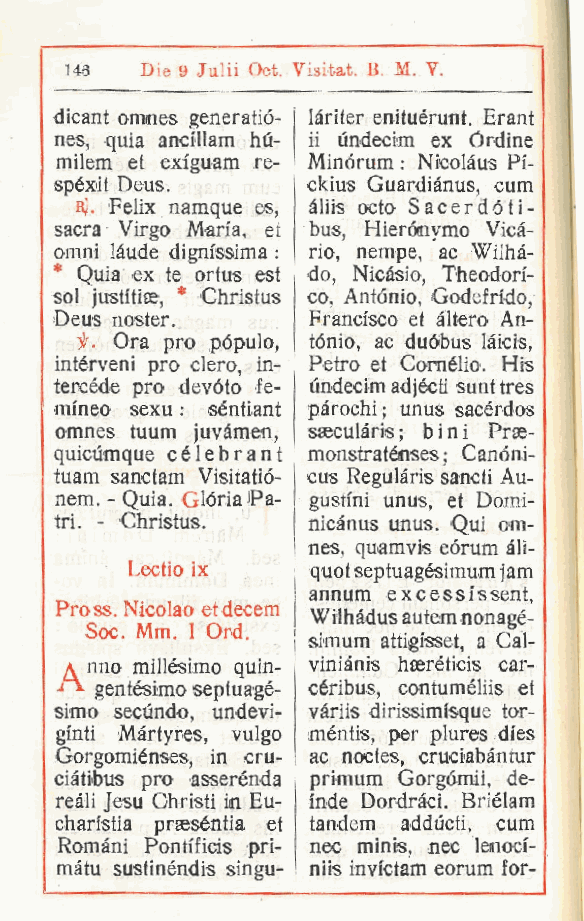
146  Die 9 Julii Oct. Visitat. B. M. V. i
 dicant omnes generatió- làriter enituérunt. Erant
 nes quia anci'llam hù- ii undecim ex Órdine
 ,
 milem et exi'guam re- Minórum : Nicolàus Pi-
 spéxit Deus.    ckius Guardiànus, cum
 bJ. Felix namque es àliis octo Sacerdóti-
 ,
 sacra Virgo Maria, et bus, Hierónymo Vicà-
 omni làude dignfssima : rio, nempe, ac Wilhà-
 * Quia ex te ortus est do, Nicàsio, Theodon'-
 sol justitiee, * Christus co, Antonio, Godefrido
 ,
 Deus noster.     Francisco et altero An-
 it> Ora prò pópulo, tónio, ac duóbus làicis,
 intérveni prò clero in- Petro et Cornélio. His
 ,
 tercéde prò devóto fe- undecim adjécti sunt tres
 mineo sexu : séntiant pàrochi; unus sacérdos
 omnes tuum juvàmem, saeculàris ; bini Prse-
 quicùmque célebrant monstraténses ; Canóni-
 tuam sanctam Visitatió- cus Regulàris sancii Au-
 nem. - Quia. Gloria Pa- gustini unus, et Domi-
 tri. - Christus. nicànus unus. Qui om-
 nes, quamvis eórum àli-
 Lectio ix   quotseptuagésimum jam
 annum excessfssent,
 Pro ss. Nicolao etdecem
 Wilhàdus autem nonagé-
 Soc. Mm. I Ord.
 i simum attigisset a Cal-
 ,
 a nno millèsimo quin- viniànis hseréticis car-
 gentésimo septuagé- céribus, contuméliis et
 simo secùndo undevi- vàriis dirissimisque tor-
 ,
 ginti Màrtyres, vulgo méntis, per plures dies
 Gorgomiénses in cru- ac noctes, cruciabàntur
 ,
 ciàtibus prò asserénda primum Gorgómii, de-
 reali Jesu Ghristi in Eu- inde Dordràci. Briélam
 chaistia praeséntia et tandem adducti, cum
 Romani Pontificis pri- nec minis, nec lenocf-
 màtu sustinéndis singu- niis invictam eorum for-
 r